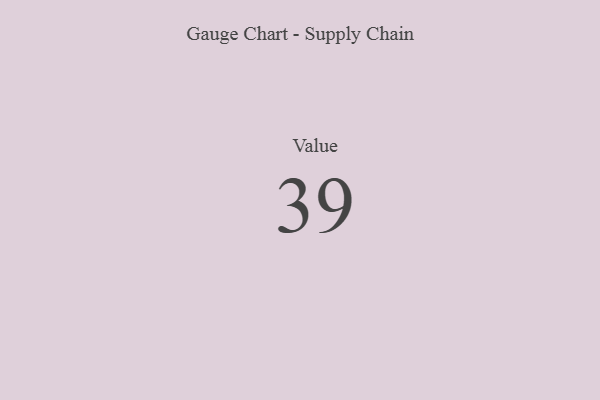
{"axis": {"x": "Metric", "y": "Value"}, "legend": [""], "data": [{"x": "Value", "y": 39, "type": ""}]}